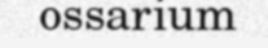
ossarium